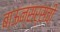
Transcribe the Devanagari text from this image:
बाऊन्सर्सची